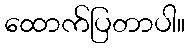
ထောက်ပြတာပါ။